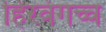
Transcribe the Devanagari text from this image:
हिरवंगच्च